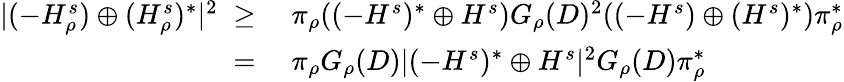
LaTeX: \begin{array}{rl}{|(-H_{\rho}^{s})\oplus(H_{\rho}^{s})^{*}|^{2}\; \geq\; }&{{}\pi_{\rho}((-H^{s})^{*}\oplus H^{s})G_{\rho}(D)^{2}((-H^{s})\oplus(H^{s})^{*}){\pi_{\rho}^{*}}}\\ {\; =\; }&{{}\pi_{\rho}G_{\rho}(D)|(-H^{s})^{*}\oplus H^{s}|^{2}G_{\rho}(D){\pi_{\rho}^{*}}}\end{array}